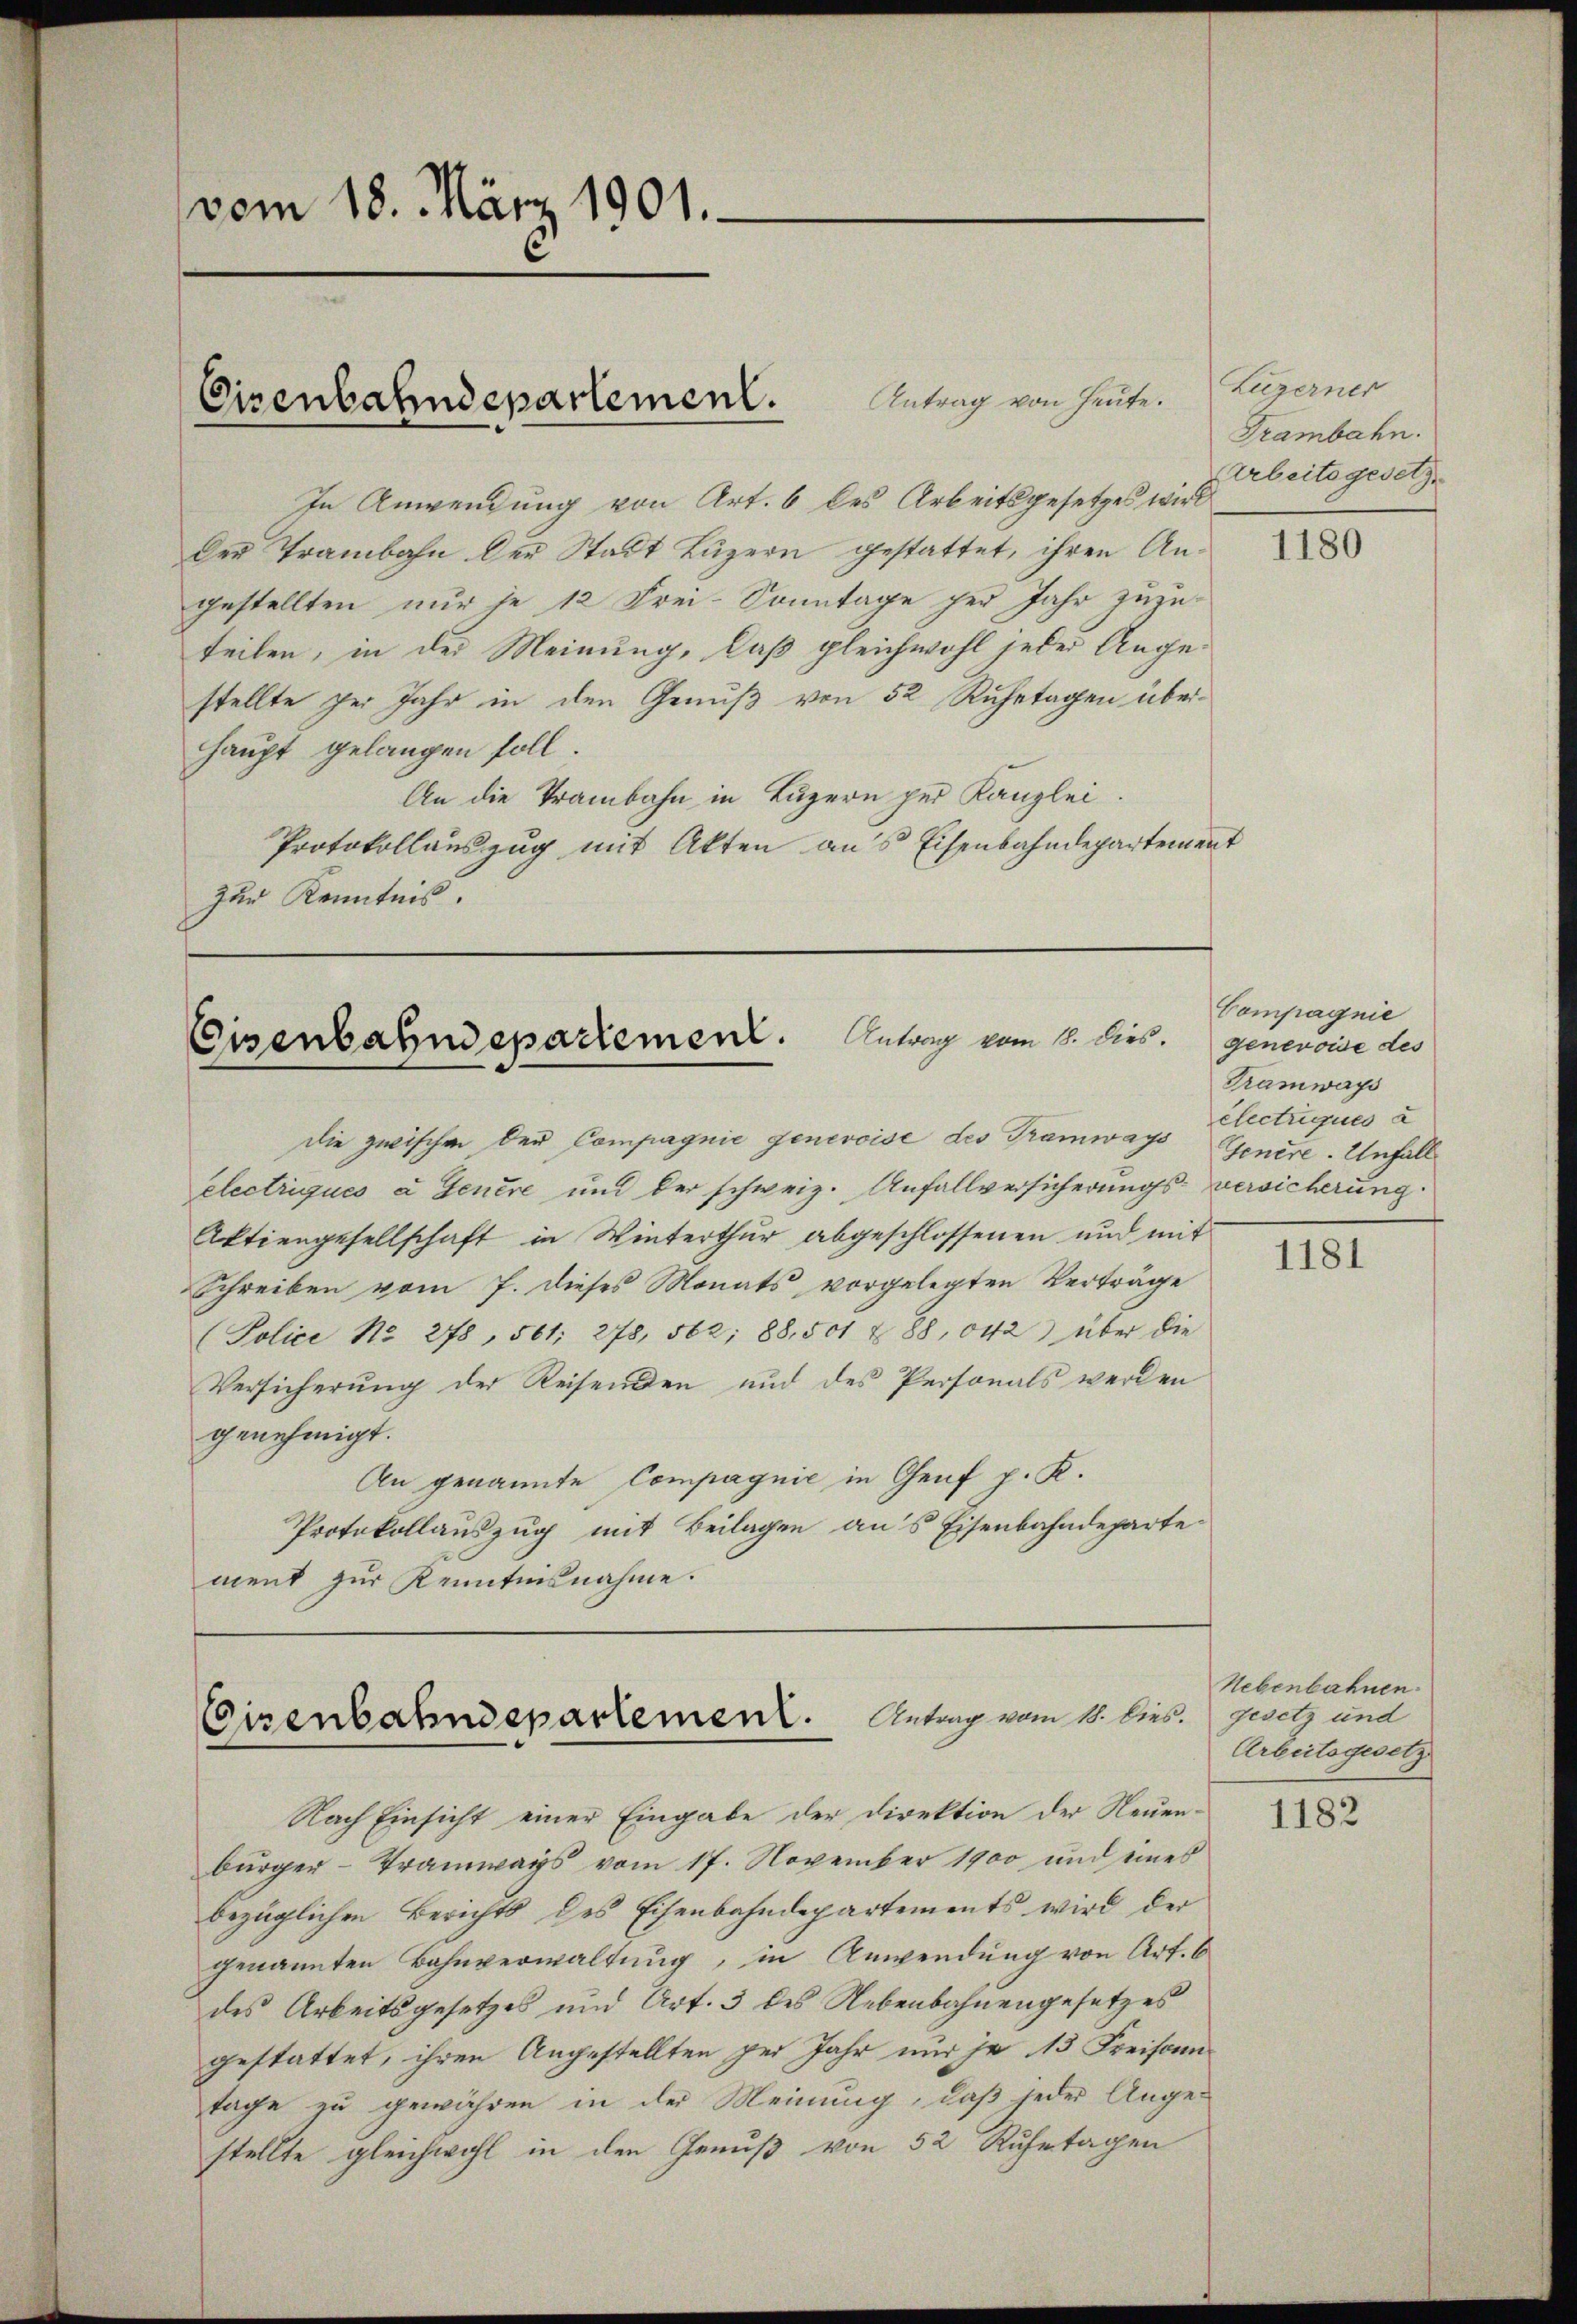
vom 18. März 1901.

Antrag von Heute.
In Anwendung von Art. 6 des Arbeitsgesetzes wird
Der Trambahn der Stadt Luzern gestattet, ihren Angestellten nur je 12 Frei-Sonntage per Jahr zuzu-
teilen, in der Meinung, daß gleichwohl jeder Angestellte sei Jahr in den Genuß von 52 Ruhetagen überhaupt gelangen soll.
An die Trambahn in Luzern per Kanzlei.
Protokollauszug mit Akten aus Eisenbahndepartement
Zur Kenntnis.

Eisenbahndepartement.

Eisenbahndepartement. Antrag vom 18. dies. Genevoise des

Eisenbahndepartement. Antrag vom 11. lies.

die zwischen der Compagnie genevoise des Tramways
electriques a Genere und der schweiz. Anfallversicherungs-versicherung
Aktiengesellschaft in Winterthur abgeschlossenen und mit
Schreiben vom 7. dieses Monats vorgelegten Verträge
Police Nr. 278, 561. 278, 562, 88,501 & 88, 042 über die
Versicherung der Reisenden und des Personals werden
genehmigt.
An genannte Compagnie in Genf p. K.
Protokollauszug mit Beilagen aus Eisenbahndeparte
ment zur Kenntnisnahme.

Nach Einsicht einer Eingabe der Direktion der Neuenbürger - Tramways vom 17. November 1900 und eines
bezüglichen Berichts des Eisenbahndepartements wird der
genannten Bahnverwaltung, in Anwendung von Art. 6
des Arbeitsgesetzes und Art. 3 des Nebenbahnengesetzes
gestattet, ihren Angestellten pei Jahr nur je 13 Freisamtage zu gewähren in der Meinung, daß jeder Angestellte gleichwohl in den Genuß von 52 Ruhetagen

Luzerner
Trambahn.
Arbeitsgesetz

1180

Compagnie
Tramways
électriques a
Genere. Unfall

1181

Nebenbahnen.
gesetz und
Arbeitsgesetz

1182